Vaccination in Burma 1900-1911 - 1900-1911
Year: 1900
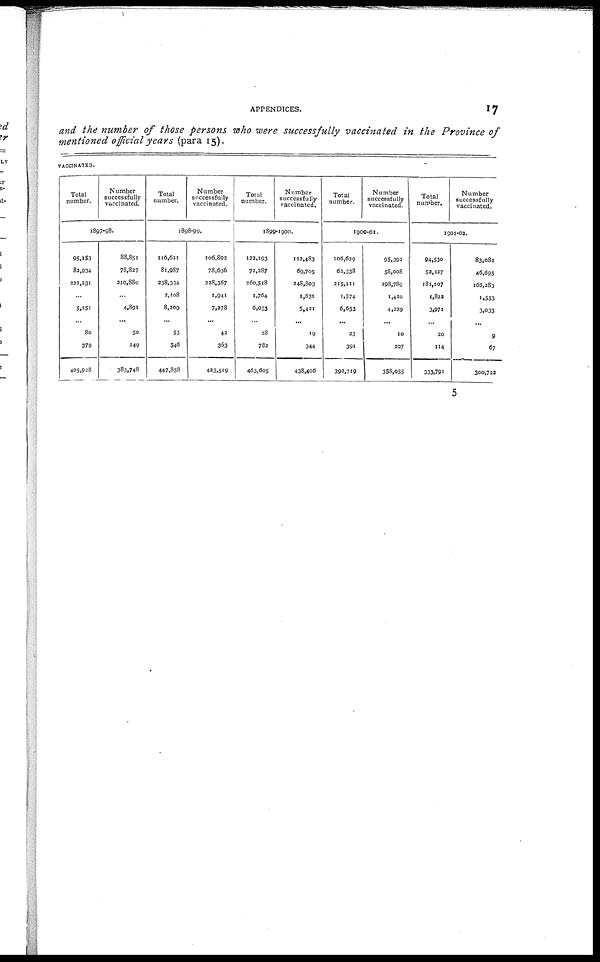
APPENDICES.
17
and the number of those persons who were successfully vaccinated in the Province of
mentioned official years (para 15).
VACCINATED.
Total
number.
Number
successfully
vaccinated.
1897-98.
95,153
83,934
222,231
...
5,151
...
80
379
405,928
88,851
78,827
210,880
...
4,891
...
50
249
383,748
Total
number.
Number
successfully
vaccinated.
1898-99.
116,621
81,987
238,334
2,108
8,209
...
53
546
447,858
106,892
78,636
228,367
1,941
7,378
...
42
363
433,519
Total
number.
Number
successfully
vaccinated.
1899-1900.
122,193
73,387
260,518
1,764
6,033
...
28
782
463,605
112,483
69,705
248,803
1,631
5,421
...
19
344
438,406
Total
number.
Number
successfully
vaccinated.
1900-01.
106,629
62,338
215,111
1,574
6,653
...
23
391
392,719
95,392
58,008
198,789
1,420
4,229
...
10
207
358,055
Total
number.
Number
successfully
vaccinated.
1901-02.
94,530
52,227
181,107
1,822
3,971
...
20
114
333,791
83,082
46,695
166,283
1,553
3,033
...
9
67
300,733
5